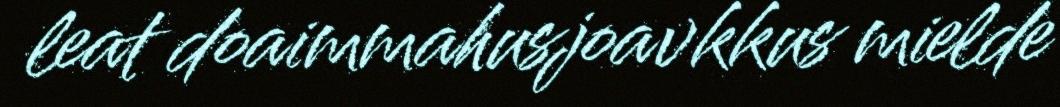
leat doaimmahusjoavkkus mielde